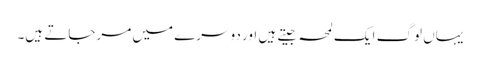
یہاں لوگ ایک لمحہ جیتے ہیں اور دوسرے میں مرجاتے ہیں۔